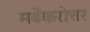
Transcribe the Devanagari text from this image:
मर्ढेकरोत्तर